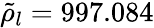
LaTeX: \tilde{\rho}_{l}=997.084